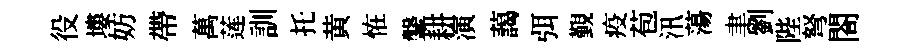
役塿妨帶萬莲訓托黄恠鞶耕演藹弭覲疫苞汛蕩聿劉陛弩閤